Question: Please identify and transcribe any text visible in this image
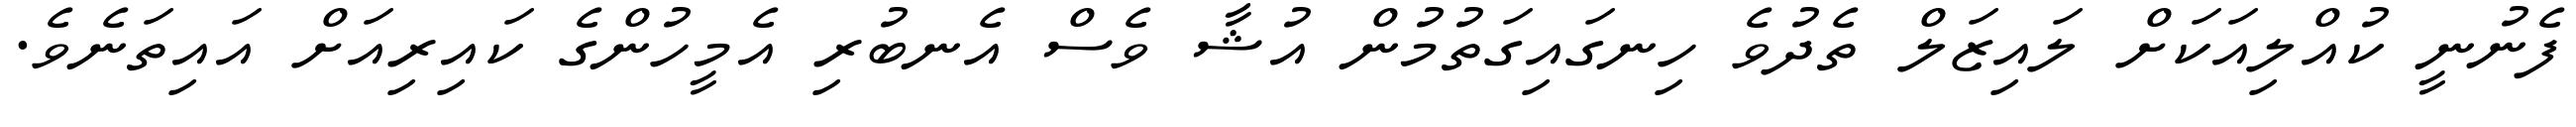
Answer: ފެނުނީ ކުއްލިއަކަށް ލައިޒަލް ތެދުވެ ހިނގައިގަތުމުން އުޝާ ވެސް އެނބުރި އެމީހުންގެ ކައިރިއަށް އައިތަނެވެ.